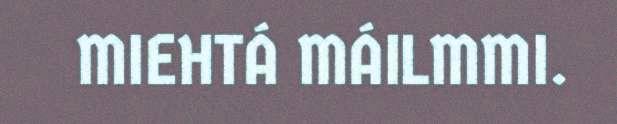
MIEHTÁ MÁILMMI.